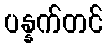
ပန္နက်တင်